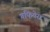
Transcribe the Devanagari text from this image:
गफियेरा